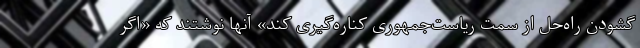
گشودن راه‌حل از سمت ریاست‌جمهوری کناره‌گیری کند» آنها نوشتند که «اگر